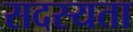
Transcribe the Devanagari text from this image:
सदस्यता